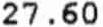
27.60